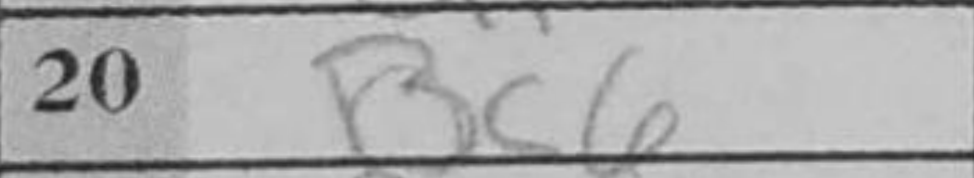
Transcription: Bc6